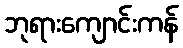
ဘုရားကျောင်းကန်